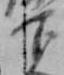
下